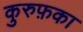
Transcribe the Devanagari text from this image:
कुरुफ़का